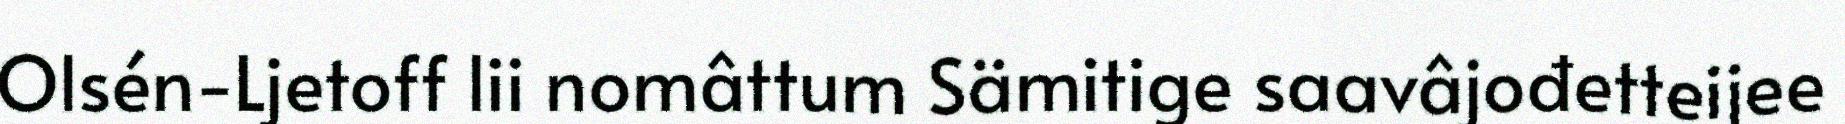
Olsén-Ljetoff lii nomâttum Sämitige saavâjođetteijee